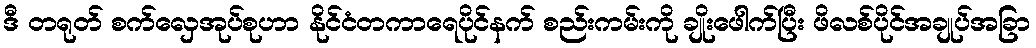
ဒီ တရုတ် စက်လှေအုပ်စုဟာ နိုင်ငံတကာရေပိုင်နက် စည်းကမ်းကို ချိုးဖေါက်ပြီး ဖိလစ်ပိုင်အချုပ်အခြာ